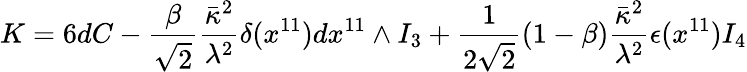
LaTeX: K=6dC-\frac{\beta}{\sqrt{2}}\frac{\bar{\kappa}^{2}}{\lambda^{2}}\delta(x^{11})dx^{11}\wedge I_{3}+\frac{1}{2\sqrt{2}}(1-\beta)\frac{\bar{\kappa}^{2}}{\lambda^{2}}\epsilon(x^{11})I_{4}